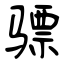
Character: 骠